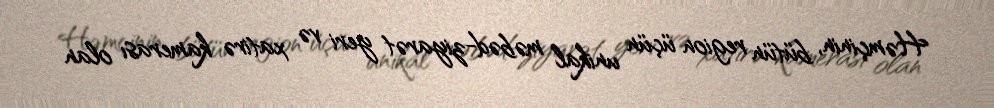
Həmçinin, bütün region üçün unikal məbəd-ziyarət yeri və xatirə kamerası olan